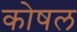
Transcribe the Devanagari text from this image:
कोषल